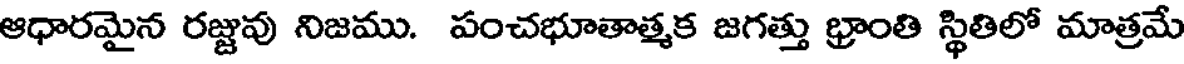
ఆధారమైన రజ్జువు నిజము. పంచభూతాత్మక జగత్తు భ్రాంతి స్థితిలో మాత్రమే